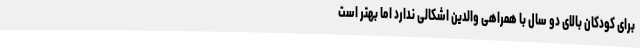
برای کودکان بالای دو سال با همراهی والدین اشکالی ندارد اما بهتر است